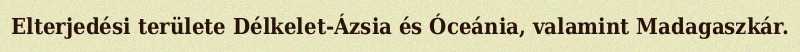
Elterjedési területe Délkelet-Ázsia és Óceánia, valamint Madagaszkár.